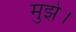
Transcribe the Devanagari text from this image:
मुझे।